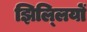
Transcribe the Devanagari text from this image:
झिल्‍लियों